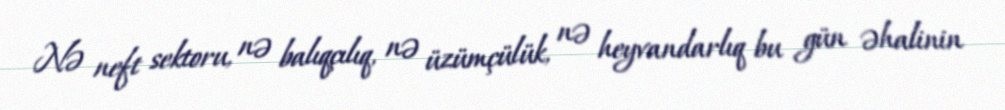
Nə neft sektoru, nə balıqçılıq, nə üzümçülük, nə heyvandarlıq bu gün əhalinin